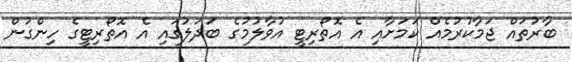
ބާރުތައް ޖަމާކުރުމެއް ކަމަށާއި އެ އޮތޯރިޓީ އުވާލުމުގެ ބަދަލުގައި އެ އޮތޯރިޓީގެ ހިންގުން